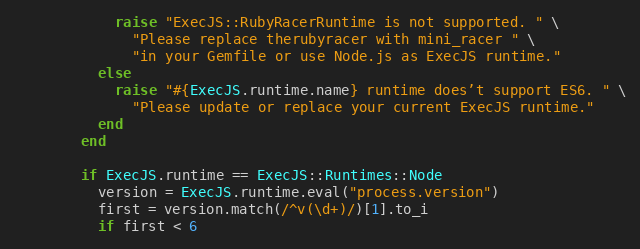
Language: Ruby
            raise "ExecJS::RubyRacerRuntime is not supported. " \
              "Please replace therubyracer with mini_racer " \
              "in your Gemfile or use Node.js as ExecJS runtime."
          else
            raise "#{ExecJS.runtime.name} runtime does’t support ES6. " \
              "Please update or replace your current ExecJS runtime."
          end
        end

        if ExecJS.runtime == ExecJS::Runtimes::Node
          version = ExecJS.runtime.eval("process.version")
          first = version.match(/^v(\d+)/)[1].to_i
          if first < 6